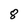
Character: 8